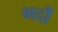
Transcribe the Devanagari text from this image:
भदौं